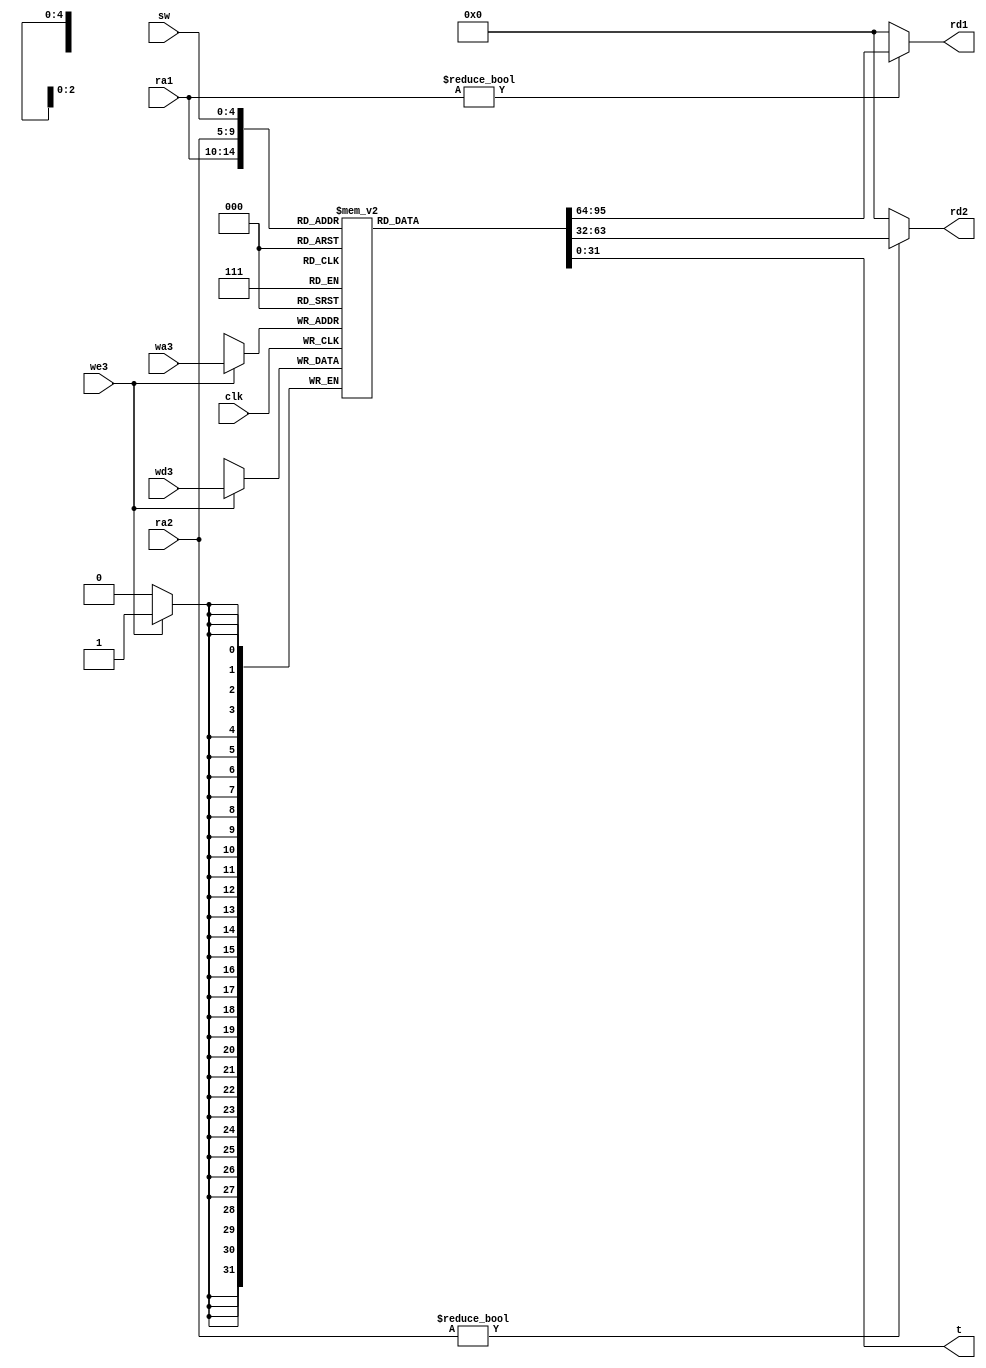
`timescale 1ns / 1ps
//////////////////////////////////////////////////////////////////////////////////
// Company: 
// Engineer: 
// 
// Design Name: 
// Module Name: regfile
// Project Name: 
// Target Devices: 
// Tool Versions: 
// Description: 
// 
// Dependencies: 
// 
// Revision:
// Revision 0.01 - File Created
// Additional Comments:
// 
//////////////////////////////////////////////////////////////////////////////////


module regfile(
    input clk,
    input we3,
    input [4:0] ra1,ra2,wa3,
    input [31:0] wd3,
    output [31:0] rd1,rd2,
    input [4:0] sw,
    output reg [31:0] t
    );
    
    reg [31:0] rf[31:0];//32bit x 32
    
    always@(negedge clk)//write at negedge clock!!!
    if(we3)
        rf[wa3]<=wd3;
        
    //delay 1 before assign
    assign #1 rd1=(ra1!=0)?rf[ra1]:0;
    assign #1 rd2=(ra2!=0)?rf[ra2]:0;
    
    //display
    always@(*)
        t<=rf[sw];
    
endmodule